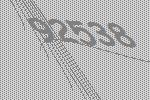
92538